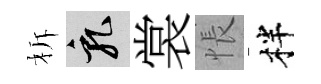
柝乳裳悵柈